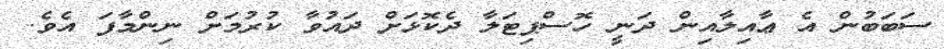
ސަބަބުން އެ ޢާއިލާއިން ދަނީ ހޮސްޕިޓަލާ ދެކޮޅަށް ދައުވާ ކުރުމަށް ނިންމާފަ އެވެ.